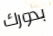
بدورك